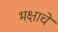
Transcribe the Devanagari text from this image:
भक्षाचे